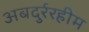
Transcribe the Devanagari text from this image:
अबदुर्ररहीम